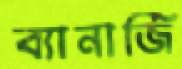
ব্যানার্জি